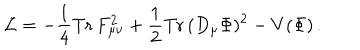
LaTeX: { \cal L } = - { \frac { 1 } { 4 } } \mathrm { T r } \, F _ { \mu \nu } ^ { 2 } + { \frac { 1 } { 2 } } \mathrm { T r } \, ( D _ { \mu } \Phi ) ^ { 2 } - V ( \Phi ) \, .